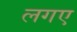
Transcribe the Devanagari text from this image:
लगए